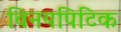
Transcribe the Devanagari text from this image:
विनयपिटिक